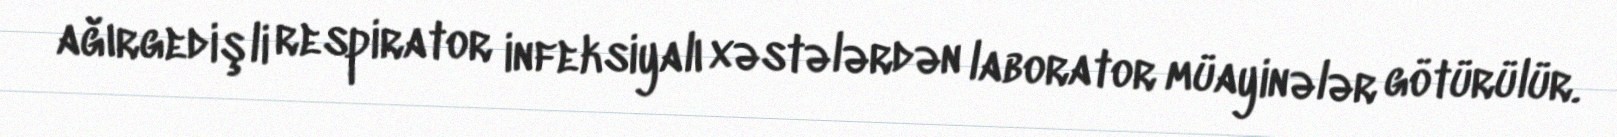
ağırgedişli respirator infeksiyalı xəstələrdən laborator müayinələr götürülür.